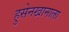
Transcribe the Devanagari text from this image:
हुसेनखानाला